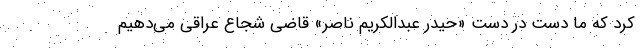
کرد که ما دست در دست «حیدر عبدالکریم ناصر» قاضی شجاع عراقی می‌دهیم